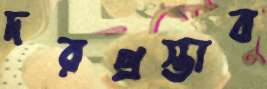
দরপ্রস্তাব